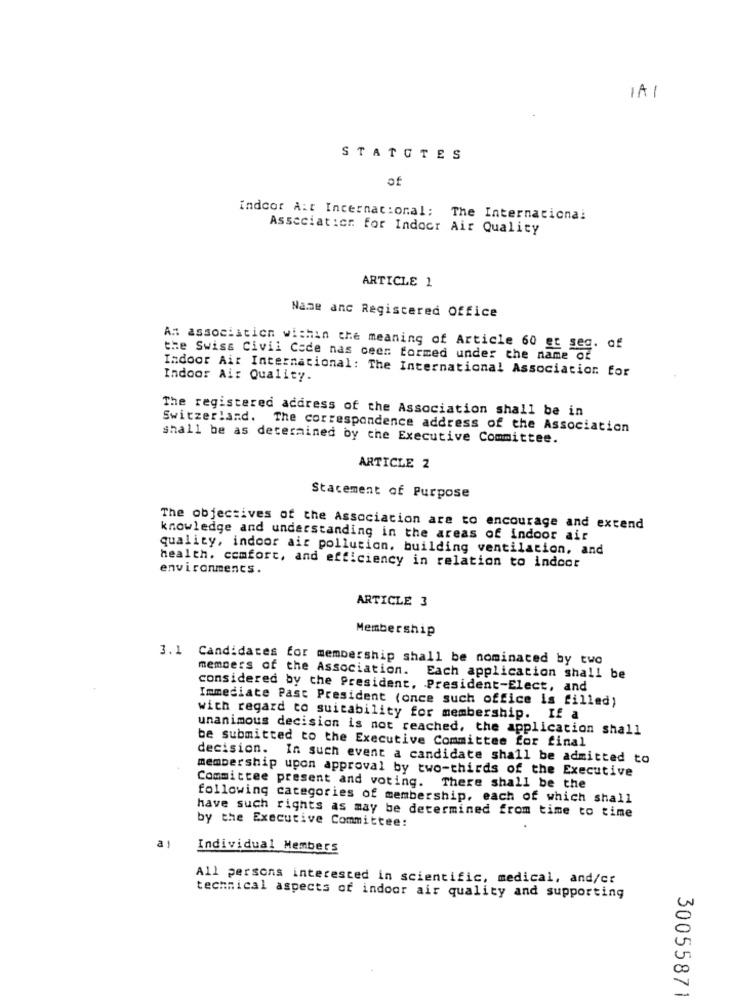
1A1
STATUTES
of
indcor Ait Internacional; The International
Association for Indoor Air Quality
ARTICLE 1
Name anc Registered Office
An association within the meaning of Article 60 et seg. of
the Swiss Civil Cade nas ceer formed under the name of
Indoor Air Internacional: The International Association for
Indoor Air Quality.
The registered address of the Association shall be in
Switzerland. The correspondence address of the Association
shall be as determined by the Executive Committee.
ARTICLE 2
Statement of Purpose
The objectives of the Association are to encourage and extend
knowledge and understanding in the areas of indoor air
quality, indoor air pollution. building ventilation, and
health. comfort, and efficiency in relation to indoor
environments.
ARTICLE 3
Membership
3. 1 Candidates for membership shall be nominated by two
members of the Association. Each application shall be
considered by the President, President-Elect, and
Immediate Past President (once such office is filled)
with regard to suitability for membership. If a
unanimous decision is not reached, the application shall
be submitted to the Executive Committee for final
decision. In such event a candidate shall be admitted to
membership upon approval by two-thirds of the Executive
Committee present and voting. There shall be the
following categories of membership, each of which shall
have such rights as may be determined from time to time
by the Executive Committee:
Individual Members
All persons interested in scientific, medical, and/cr
technical aspects of indoor air quality and supporting
30055871